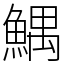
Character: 鰅